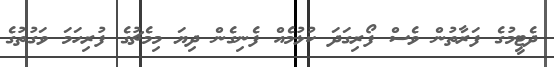
ދެޓީމުގެ ފަރާތުން ވެސް ފޯރިގަދަ ކުޅުމެއް ފެނިގެން ދިޔަ މިމެޗުގެ ފުރިހަމަ ވަގުތުގެ